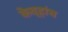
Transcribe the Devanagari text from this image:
केव्हांच